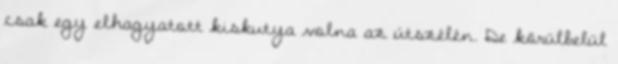
csak egy elhagyatott kiskutya volna az útszélén. De körülbelül